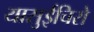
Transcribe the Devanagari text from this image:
यासुईचिरो